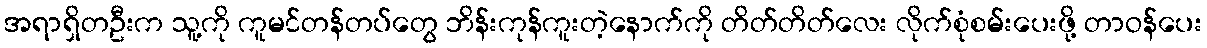
အရာရှိတဦးက သူ့ကို ကူမင်တန်တပ်တွေ ဘိန်းကုန်ကူးတဲ့နောက်ကို တိတ်တိတ်လေး လိုက်စုံစမ်းပေးဖို့ တာဝန်ပေး